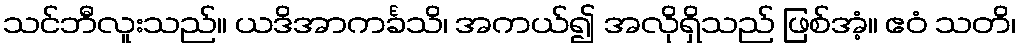
သင်ဘီလူးသည်။ ယဒိအာကင်္ခသိ၊ အကယ်၍ အလိုရှိသည် ဖြစ်အံ့။ ဧဝံ သတိ၊